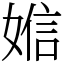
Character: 㜃